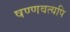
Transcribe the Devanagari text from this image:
षण्णवत्यपि